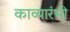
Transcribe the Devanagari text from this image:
काव्यारंभी